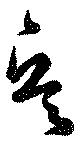
兵